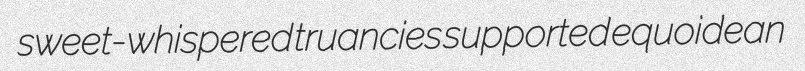
sweet-whispered truancies supported equoidean